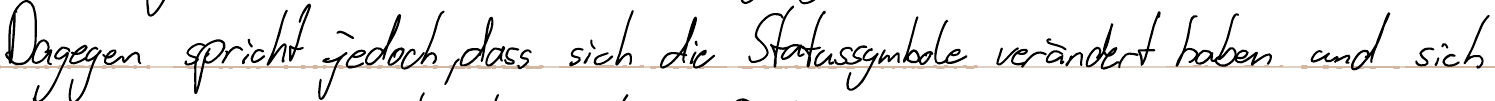
Dagegen spricht jedoch, dass sich die Statussymbole verändert haben und sich